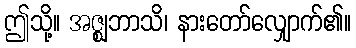
ဤသို့။ အဇ္ဈဘာသိ၊ နားတော်လျှောက်၏။